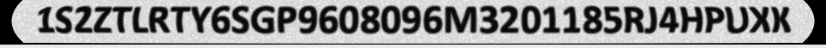
1S2ZTLRTY6SGP9608096M3201185RJ4HPUXK